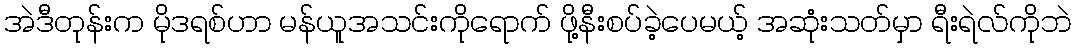
အဲဒီတုန်းက မိုဒရစ်ဟာ မန်ယူအသင်းကိုရောက် ဖို့နီးစပ်ခဲ့ပေမယ့် အဆုံးသတ်မှာ ရီးရဲလ်ကိုဘဲ